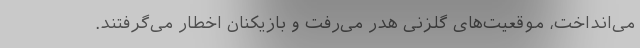
می‌انداخت، موقعیت‌های گلزنی هدر می‌رفت و بازیکنان اخطار می‌گرفتند.